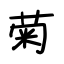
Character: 菊